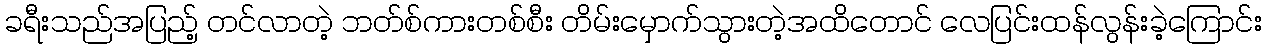
ခရီးသည်အပြည့် တင်လာတဲ့ ဘတ်စ်ကားတစ်စီး တိမ်းမှောက်သွားတဲ့အထိတောင် လေပြင်းထန်လွန်းခဲ့ကြောင်း